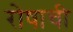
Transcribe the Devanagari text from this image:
रोषाची